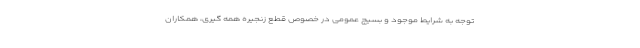
توجه به شرایط موجود و بسیج عمومی در خصوص قطع زنجیره همه گیری، همکاران